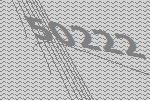
50222